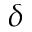
\delta